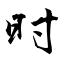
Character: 时